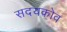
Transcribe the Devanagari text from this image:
सदयकोव